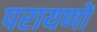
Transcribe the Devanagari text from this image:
परायणों